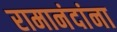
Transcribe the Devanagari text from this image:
रामानंदांना